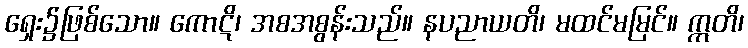
ရှေး၌ဖြစ်သော။ ကောဋိ၊ အစအစွန်းသည်။ နပညာယတိ၊ မထင်မမြင်။ ဣတိ၊